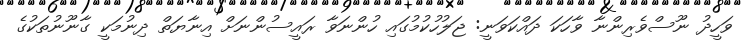
ވަހީދު ނޫސްވެރިންނާ ވާހަކަ ދައްކަވަނީ: ޖަލުހުކުމުގައި ހުންނަވާ ރައީސުންނަށް އިނާޔަތް ދިނުމަކީ ގާނޫނުތަކުގެ